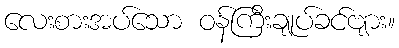
လေးစားအပ်သော ဝန်ကြီးချုပ်ခင်ဗျား။